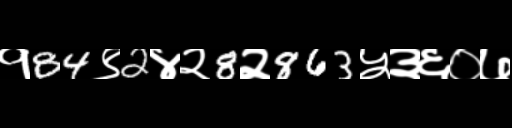
Text: १84९2४२8२863५३६०७